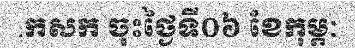
.កសក ចុះថ្ងៃទី០៦ ខែកុម្ភៈ